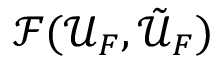
\mathcal { F } ( \mathcal { U } _ { F } , \tilde { \mathcal { U } } _ { F } )